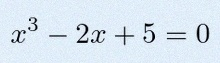
x^3-2x+5=0